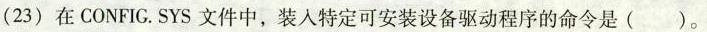
(23) 在CONFIG.SYS文件中，装入特定可安装设备驱动程序的命令是( )。